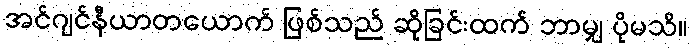
အင်ဂျင်နီယာတယောက် ဖြစ်သည် ဆိုခြင်းထက် ဘာမျှ ပိုမသိ။